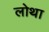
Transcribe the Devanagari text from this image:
लोथा